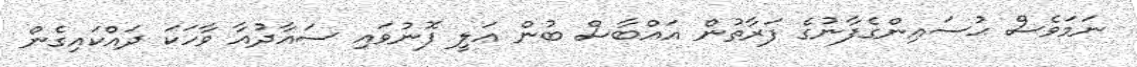
ނަމަވެސް ޙުސައިންގެފާނުގެ ފަރާތުން އައްބާސް ބުން ޢަލީ ފޮނުވައި ސައާދުއާ ވާހަކަ ދައްކައިގެން